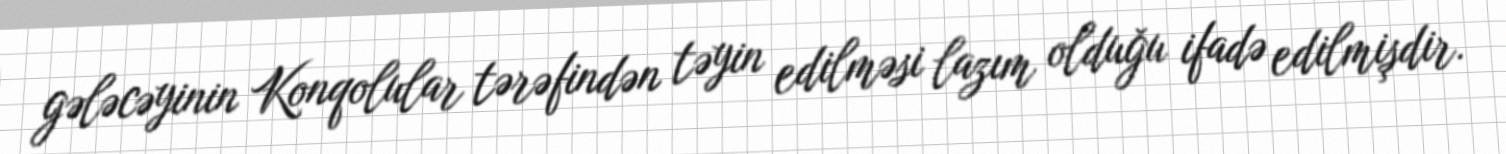
gələcəyinin Konqolular tərəfindən təyin edilməsi lazım olduğu ifadə edilmişdir.